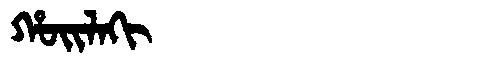
Manchu: ᡥᠣᡳᠯᠠᡴᡳ
Romanization: HOILAKI